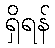
ရှိရန်